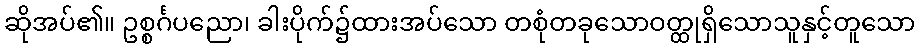
ဆိုအပ်၏။ ဥစ္စင်္ဂပညော၊ ခါးပိုက်၌ထားအပ်သော တစုံတခုသောဝတ္ထုရှိသောသူနှင့်တူသော